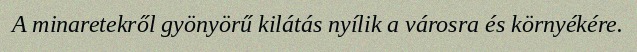
A minaretekről gyönyörű kilátás nyílik a városra és környékére.